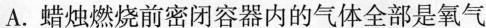
A.蜡烛燃烧前密闭容器内的气体全部是氧气